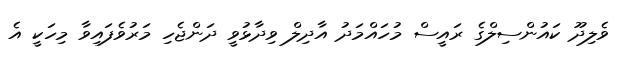
ވެލިދޫ ކައުންސިލްގެ ރައީސް މުހައްމަދު އާދިލް ވިދާޅުވީ ދަންޖެހި މަރުވެފައިވާ މިހަކީ އެ